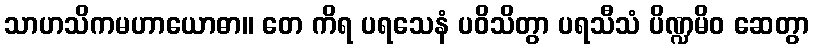
သာဟသိကမဟာယောဓာ။ တေ ကိရ ပရသေနံ ပဝိသိတွာ ပရသီသံ ပိဏ္ဍမိဝ ဆေတွာ